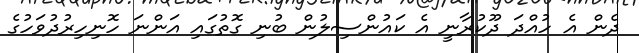
ދެން އެ ހުއްދަ ދޫކުރާނީ އެ ކައުންސިލުން ބުނި ގޮތުގައި އަންނަ ހޮނިހިރުދުވަހުގެ